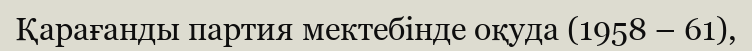
Қарағанды партия мектебінде оқуда (1958 – 61),